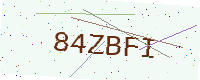
Text: 84ZBFI